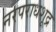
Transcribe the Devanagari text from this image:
नरपराधशूद्र